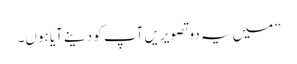
”میں یہ دو تصویریں آپ کو دینے آیا ہوں۔